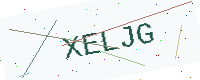
Text: XELJG